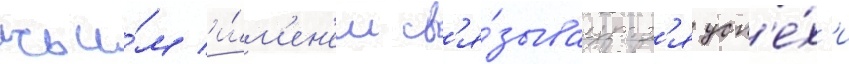
чьи́м и́м'ен'ем св'я́зываутс'я усп'е́х'и